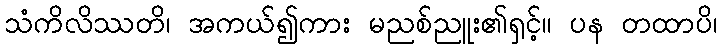
သံကိလိဿတိ၊ အကယ်၍ကား မညစ်ညူး၏ရှင့်။ ပန တထာပိ၊